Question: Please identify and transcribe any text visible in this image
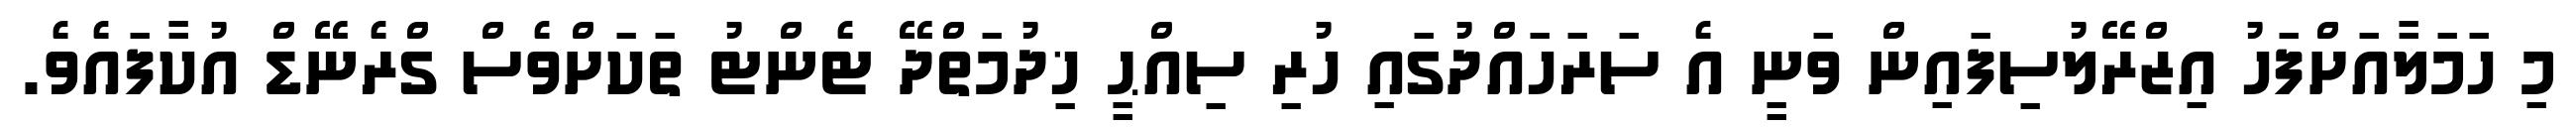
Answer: މި ހަމަލާއަށްފަހު އިޒްރޭލުސިފައިން ވަނީ އެ ސަރަހައްދުގައި ހުރި ސިއްޙީ ޚިދުމަތްދޭ ޓެންޓު ތަކަށްވެސް ގްރެނޭޑް އުކާފައެވެ.